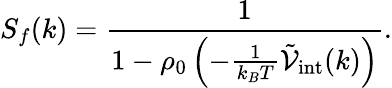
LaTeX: S_{f}(k)=\frac{1}{1-\rho_{0}\left(-\frac{1}{k_{B}T}\tilde{\mathcal{V}}_{\mathrm{int}}(k)\right)}.